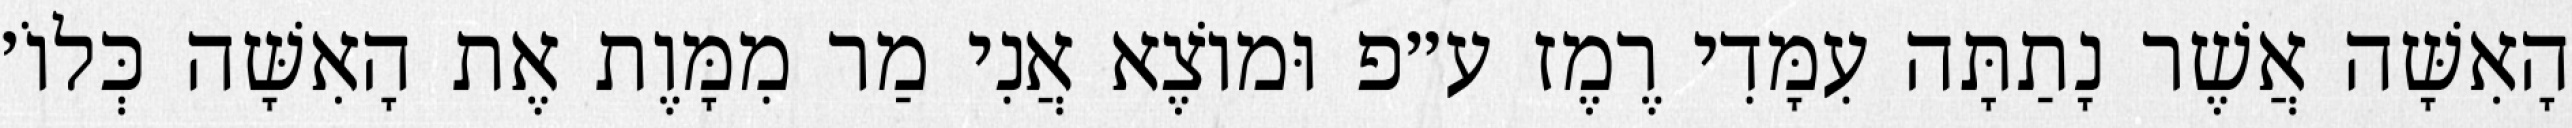
הָאִשָּׁה אֲשֶׁר נָתַתָּה עִמָּדִי רֶמֶז ע״פ וּמוֹצֶא אֲנִי מַר מִמָּוֶת אֶת הָאִשָּׁה כְּלוֹ׳